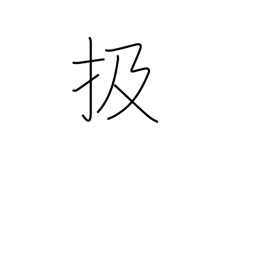
Meaning: strip